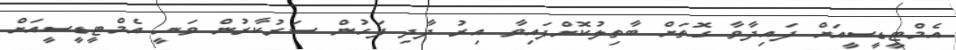
އެމްޓީޑީސީއަށް ފައިދާވާ ގޮތަށް ބާތިލުކޮށްފައިވާ އިރު ދާދި ފަހުން ސަރުކާރުން ވަނީ އެމްޓީޑީސީއަށް